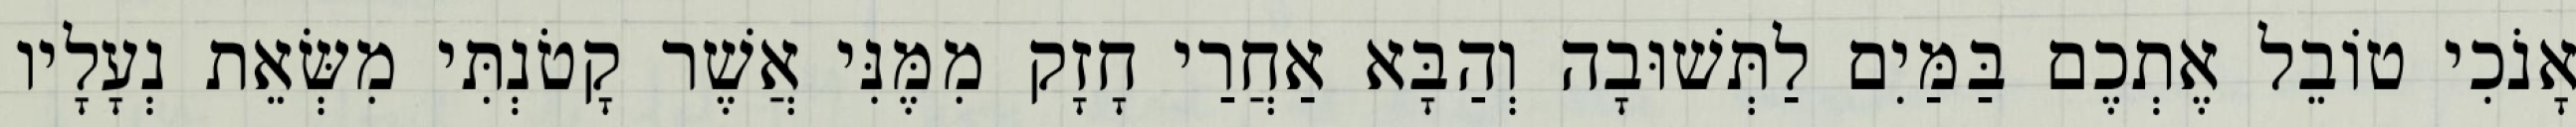
אָנֹכִי טוֹבֵל אֶתְכֶם בַּמַּיִם לַתְּשׁוּבָה וְהַבָּא אַחֲרַי חָזָק מִמֶּנִּי אֲשֶׁר קָטֹנְתִּי מִשְּׂאֵת נְעָלָיו